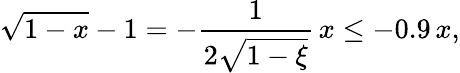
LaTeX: \sqrt{1-x}-1=-\frac{1}{2\sqrt{1-\xi}}\, x\leq-0.9\, x,